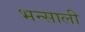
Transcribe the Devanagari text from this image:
भन्साली